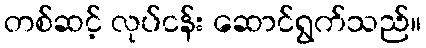
တစ်ဆင့် လုပ်ငန်း ဆောင်ရွက်သည်။